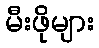
မီးဖိုများ